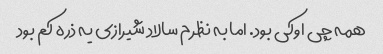
همه چی اوکی بود. اما به نظرم سالاد شیرازی یه ذره کم بود